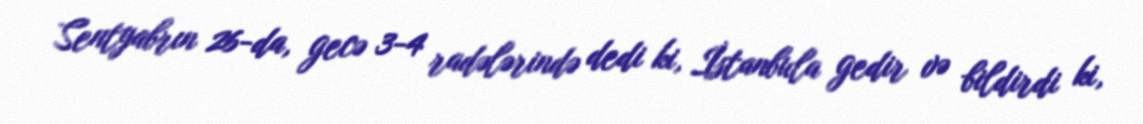
Sentyabrın 26-da, gecə 3-4 radələrində dedi ki, İstanbula gedir və bildirdi ki,